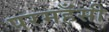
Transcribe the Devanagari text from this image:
परमहँसी